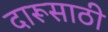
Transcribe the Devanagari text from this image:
दारूसाठी